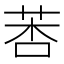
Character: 莕